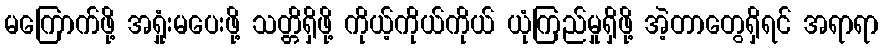
မကြောက်ဖို့ အရှုံးမပေးဖို့ သတ္တိရှိဖို့ ကိုယ့်ကိုယ်ကိုယ် ယုံကြည်မှုရှိဖို့ အဲ့တာတွေရှိရင် အရာရာ